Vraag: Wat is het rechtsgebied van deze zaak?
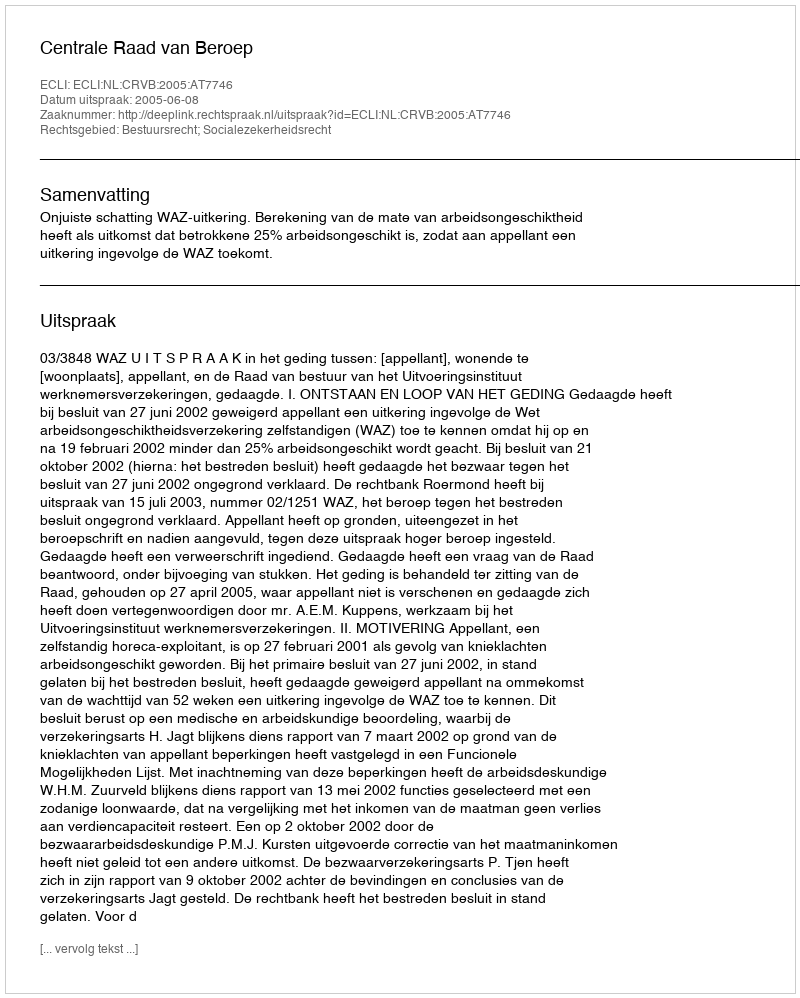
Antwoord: Bestuursrecht; Socialezekerheidsrecht